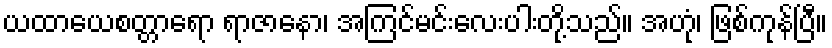
ယထာယေစတ္တာရော ရာဇာနော၊ အကြင်မင်းလေးပါးတို့သည်။ အဟုံ၊ ဖြစ်ကုန်ပြီ။